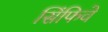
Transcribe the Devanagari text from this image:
सिंफिवे